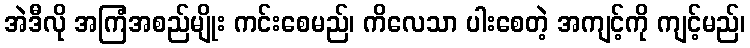
အဲဒီလို အကြံအစည်မျိုး ကင်းစေမည်၊ ကိလေသာ ပါးစေတဲ့ အကျင့်ကို ကျင့်မည်၊